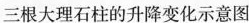
三根大理石柱的升降变化示意图